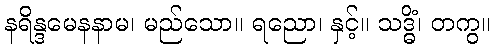
နရိန္ဒမေနနာမ၊ မည်သော။ ရညော၊ နှင့်။ သဒ္ဓိံ၊ တကွ။